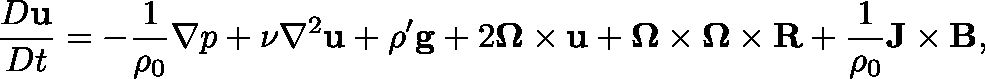
{ \frac { D \mathbf { u } } { D t } } = - { \frac { 1 } { \rho _ { 0 } } } \nabla p + \nu \nabla ^ { 2 } \mathbf { u } + \rho ^ { \prime } \mathbf { g } + 2 \mathbf { \Omega } \times \mathbf { u } + \mathbf { \Omega } \times \mathbf { \Omega } \times \mathbf { R } + { \frac { 1 } { \rho _ { 0 } } } \mathbf { J } \times \mathbf { B } ,